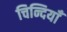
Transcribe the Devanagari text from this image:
चिन्दियाँ